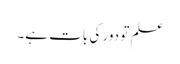
علم تو دور کی بات ہے۔